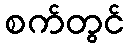
စက်တွင်